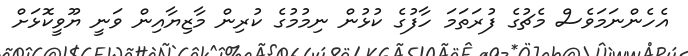
އެހެންނަމަވެސް މެޗުގެ ފުރަތަމަ ހާފުގެ ކުޅުން ނިމުމުގެ ކުރިން މާޒިޔާއިން ވަނީ ޔޫވީކޮޅަށް